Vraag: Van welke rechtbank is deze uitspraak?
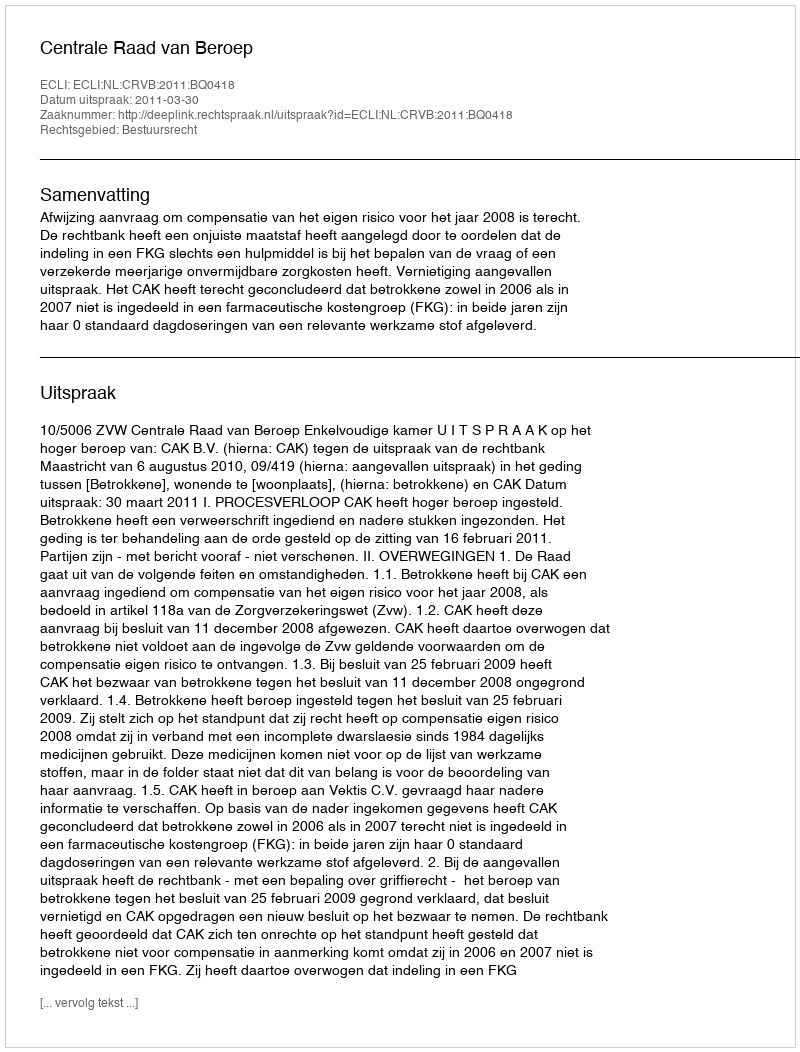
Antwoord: Centrale Raad van Beroep